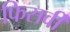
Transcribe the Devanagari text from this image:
फिसर्वी